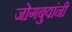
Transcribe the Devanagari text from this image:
जोगबुवांनी